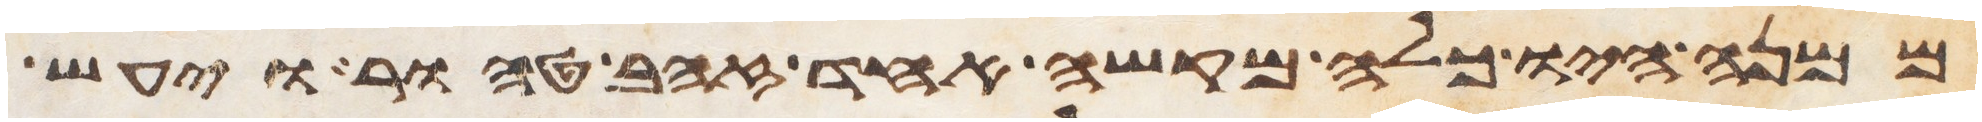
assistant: ממנה היו כלה מקשה אחד זהב טהור ויעש